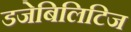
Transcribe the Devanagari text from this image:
डजेबिलिटिज